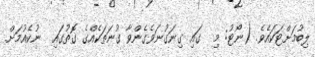
ލިބުމަށްޓަކައެވެ. (ނޯޓު: މި  ގައި ގިނަގުނަވެގެންވާ ގުނަތަކެއްގެ ގޮތުގައި  ނުކެއުމަށް